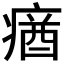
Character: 𤸈